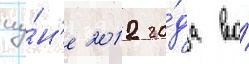
иу́н'е 2012 го́да во́